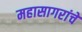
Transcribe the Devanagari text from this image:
महासागरांचे